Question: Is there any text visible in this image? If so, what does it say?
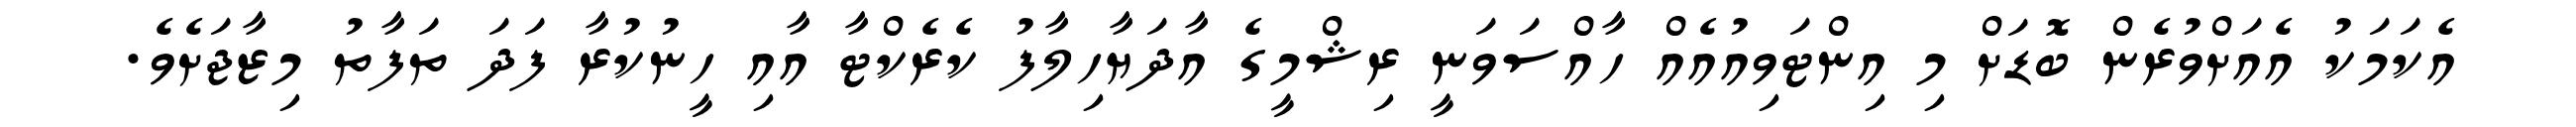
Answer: އެކަމަކު އެއަށްވުރެން ބޮޑަށް މި އިންޓަވިއުއެއް ހާއްސަވަނީ ރިޝްމީގެ އާދަޔާހިލާފު ކެރެކްޓާ އާއި ހީނުކުރާ ފަދަ ތަފާތު މިޒާޖަށެވެ.